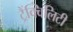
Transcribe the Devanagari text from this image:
ट्रैंक्विलिटी